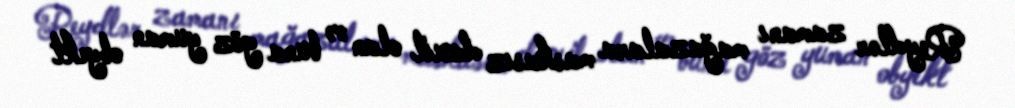
Reydlər zamanı mağazalara maskasız daxil olan və buna göz yuman obyekt